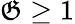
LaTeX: \mathfrak{G}\geq1